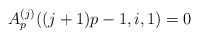
\begin{align*}A_p^{(j)}((j+1)p-1,i,1) = 0\end{align*}